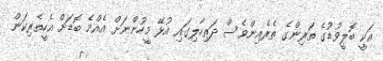
އަކީ ބޮލީވުޑުގެ ތަރިންގެ ތެރެއިންވެސް ދަތިހާލިގައި އުޅޭ މީހުންނަށް އެއްމެ ބޮޑަށް އެހީތެރިކަން